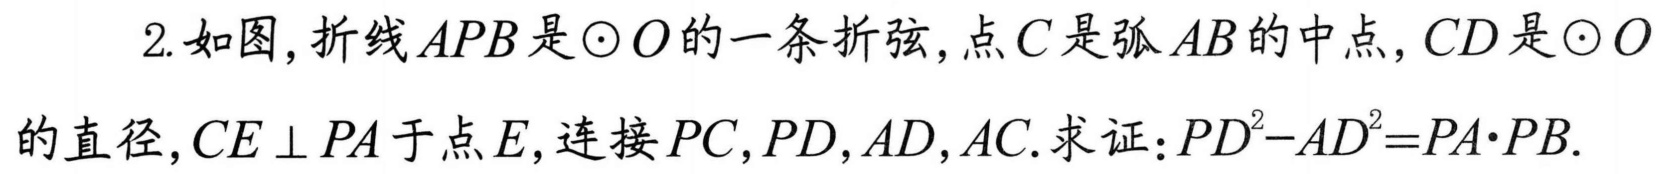
2. 如图, 折线\(APB\)是\(\odot O\)的一条折弦, 点\(C\)是弧\(AB\)的中点, \(CD\)是\(\odot O\)的直径, \(CE\perp PA\)于点\(E\), 连接\(PC,PD,AD,AC\). 求证:\(PD^{2}-AD^{2}=PA\cdot PB\).